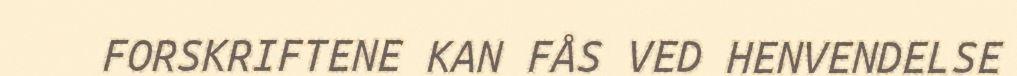
FORSKRIFTENE KAN FÅS VED HENVENDELSE